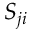
S _ { j i }